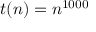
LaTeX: t ( n ) = n ^ { 1 0 0 0 }